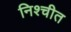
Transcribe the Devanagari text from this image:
निश्‍चीत